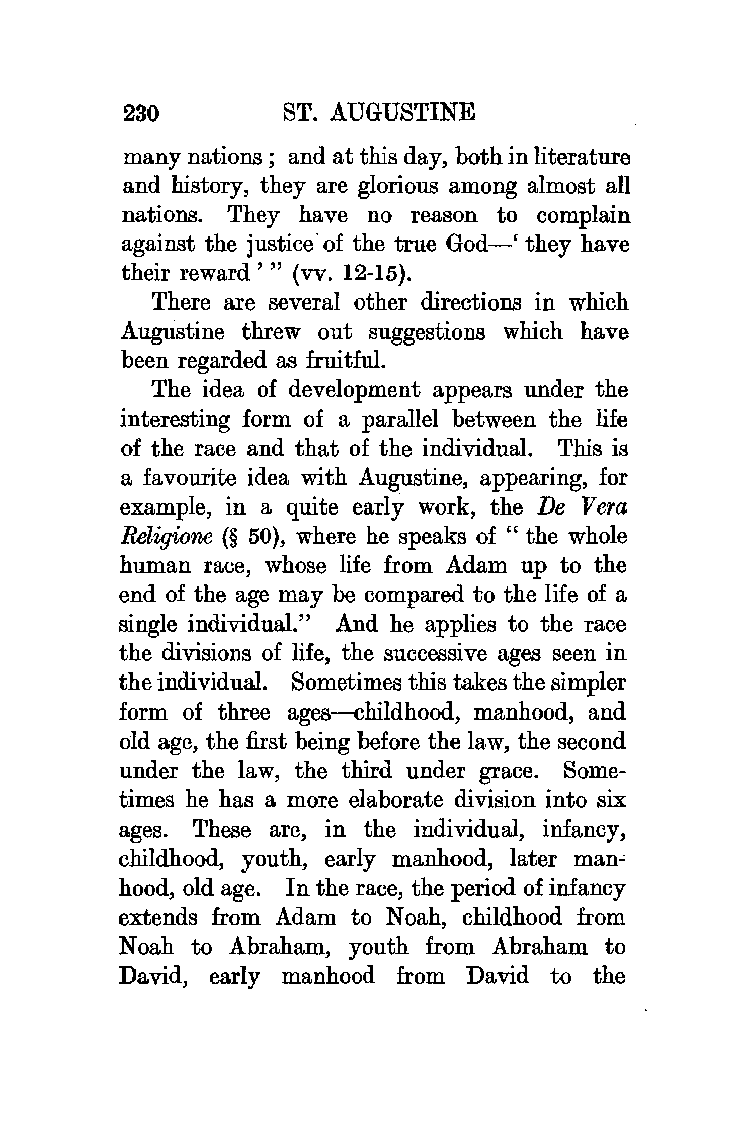
230        ST. AUGUSTINE
 many nations ; and at this day, both in literature
 and history, they are glorious among almost all
 nations. They have no reason to complain
 against the justice· of the true God-' they have
 their reward'" (vv. 12-15).
 There are several other directions in which
 Augustine threw out suggestions which have
 been regarded as fruitful.
 The idea of development appears under the
 interesting form of a parallel between the life
 of the race and that of the individual. This is
 a favourite idea with Augustine, appearing, for
 example, in a quite early work, the De Vera
 Religione (§ 50), where he speaks of " the whole
 human race, whose life from Adam up to the
 end of the age may be compared to the life of a
 single individual." And he applies to the race
 the divisions of life, the successive ages seen in
 the individual. Sometimes this takes the simpler
 form of three ages~hildhood, manhood, and
 old age, the first being before the law, the second
 under the law, the third under grace. Some
 times he has a more elaborate division into six
 ages. These are, in the individual, infancy,
 childhood, youth, early manhood, later man~
 hood, old age. In the race, the period of infancy
 extends from Adam to Noah, childhood from
 Noah to Abraham, youth from Abraham to
 David, early manhood from David to the